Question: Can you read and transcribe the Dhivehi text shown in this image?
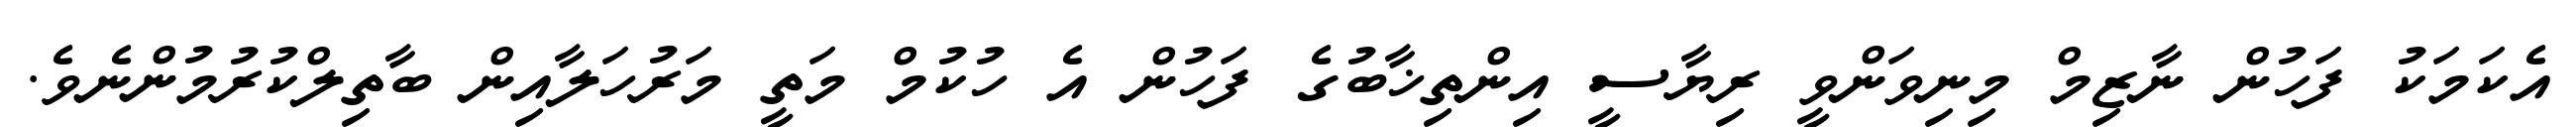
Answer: އެކަމަކު ފަހުން ނާޒިމް މިނިވަންވީ ރިޔާސީ އިންތިޚާބުގެ ފަހުން އެ ހުކުމް މަތީ މަރުހަލާއިން ބާތިލްކުރުމުންނެވެ.